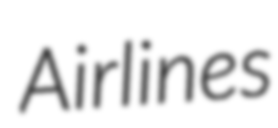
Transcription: Airlines